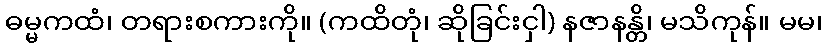
ဓမ္မကထံ၊ တရားစကားကို။ (ကထိတုံ၊ ဆိုခြင်းငှါ) နဇာနန္တိ၊ မသိကုန်။ မမ၊